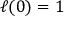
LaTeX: \ell ( 0 ) = 1